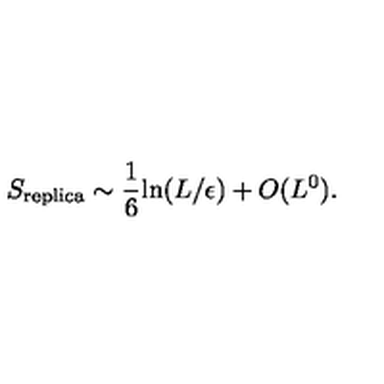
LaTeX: S _ { \mathrm { r e p l i c a } } \sim { \frac { 1 } { 6 } } \mathrm { l n } ( L / \epsilon ) + O ( L ^ { 0 } ) .